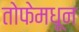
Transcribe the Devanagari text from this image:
तोफेमधून